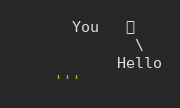
Language: Python
      You   好
             \
           Hello
    '''